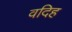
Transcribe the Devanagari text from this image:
वदिह